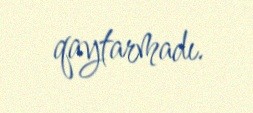
qaytarmadı.